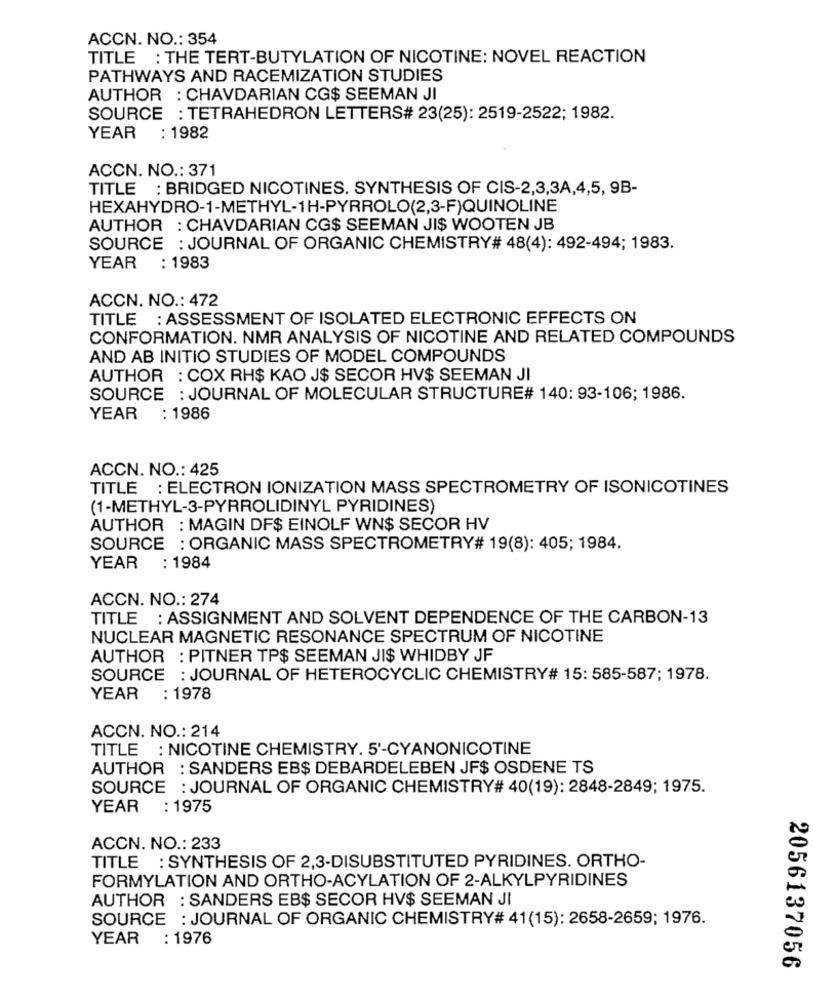
ACCN. NO .: 354
TITLE : THE TERT-BUTYLATION OF NICOTINE: NOVEL REACTION
PATHWAYS AND RACEMIZATION STUDIES
AUTHOR : CHAVDARIAN CG$ SEEMAN JI
SOURCE : TETRAHEDRON LETTERS# 23(25): 2519-2522; 1982.
YEAR : 1982
ACCN. NO .: 371
TITLE : BRIDGED NICOTINES. SYNTHESIS OF CIS-2,3,3A,4,5, 9B-
HEXAHYDRO-1-METHYL-1H-PYRROLO(2,3-F)QUINOLINE
AUTHOR : CHAVDARIAN CG$ SEEMAN JIS WOOTEN JB
SOURCE : JOURNAL OF ORGANIC CHEMISTRY# 48(4): 492-494; 1983.
YEAR : 1983
ACCN. NO .: 472
TITLE : ASSESSMENT OF ISOLATED ELECTRONIC EFFECTS ON
CONFORMATION. NMR ANALYSIS OF NICOTINE AND RELATED COMPOUNDS
AND AB INITIO STUDIES OF MODEL COMPOUNDS
AUTHOR : COX RH$ KAO J$ SECOR HV$ SEEMAN JI
SOURCE : JOURNAL OF MOLECULAR STRUCTURE# 140: 93-106; 1986.
YEAR : 1986
ACCN. NO .: 425
TITLE : ELECTRON IONIZATION MASS SPECTROMETRY OF ISONICOTINES
(1-METHYL-3-PYRROLIDINYL PYRIDINES)
AUTHOR : MAGIN DF$ EINOLF WN$ SECOR HV
SOURCE : ORGANIC MASS SPECTROMETRY# 19(8): 405; 1984.
YEAR : 1984
ACCN. NO .: 274
TITLE : ASSIGNMENT AND SOLVENT DEPENDENCE OF THE CARBON-13
NUCLEAR MAGNETIC RESONANCE SPECTRUM OF NICOTINE
AUTHOR : PITNER TP$ SEEMAN JI$ WHIDBY JF
SOURCE : JOURNAL OF HETEROCYCLIC CHEMISTRY# 15: 585-587; 1978.
YEAR : 1978
ACCN. NO .: 214
TITLE : NICOTINE CHEMISTRY. 5'-CYANONICOTINE
AUTHOR : SANDERS EB$ DEBARDELEBEN JF$ OSDENE TS
SOURCE : JOURNAL OF ORGANIC CHEMISTRY# 40(19): 2848-2849; 1975.
YEAR : 1975
ACCN. NO .: 233
TITLE : SYNTHESIS OF 2,3-DISUBSTITUTED PYRIDINES. ORTHO-
FORMYLATION AND ORTHO-ACYLATION OF 2-ALKYLPYRIDINES
AUTHOR : SANDERS EB$ SECOR HV$ SEEMAN JI
SOURCE : JOURNAL OF ORGANIC CHEMISTRY# 41(15): 2658-2659; 1976.
YEAR : 1976
2056137056